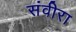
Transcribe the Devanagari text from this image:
संवीरा